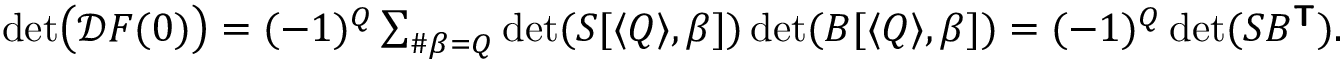
\begin{array} { r } { \operatorname* { d e t } \bigl ( \mathcal { D } \boldsymbol { F } ( \boldsymbol { 0 } ) \bigr ) = ( - 1 ) ^ { Q } \sum _ { \# \beta = Q } \operatorname* { d e t } ( S [ \langle Q \rangle , \beta ] ) \operatorname* { d e t } ( B [ \langle Q \rangle , \beta ] ) = ( - 1 ) ^ { Q } \operatorname* { d e t } ( S B ^ { \boldsymbol { \mathsf { T } } } ) . } \end{array}